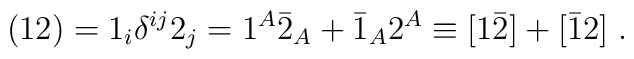
({12}) = 1_i\delta^{ij}2_j = 1^A \bar 2_A + \bar 1_A 2^A \equiv [1\bar 2] + [\bar 12]\;.